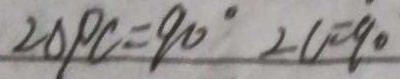
\angle \Delta P C = 9 0 ^ { \circ } \angle C = 9 0